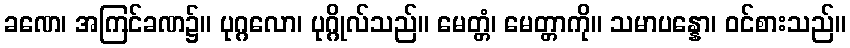
ခဏေ၊ အကြင်ခဏ၌။ ပုဂ္ဂလော၊ ပုဂ္ဂိုလ်သည်။ မေတ္တံ၊ မေတ္တာကို။ သမာပန္နော၊ ဝင်စားသည်။